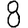
Digit: 8